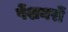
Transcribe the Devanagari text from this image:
पेंशनरों